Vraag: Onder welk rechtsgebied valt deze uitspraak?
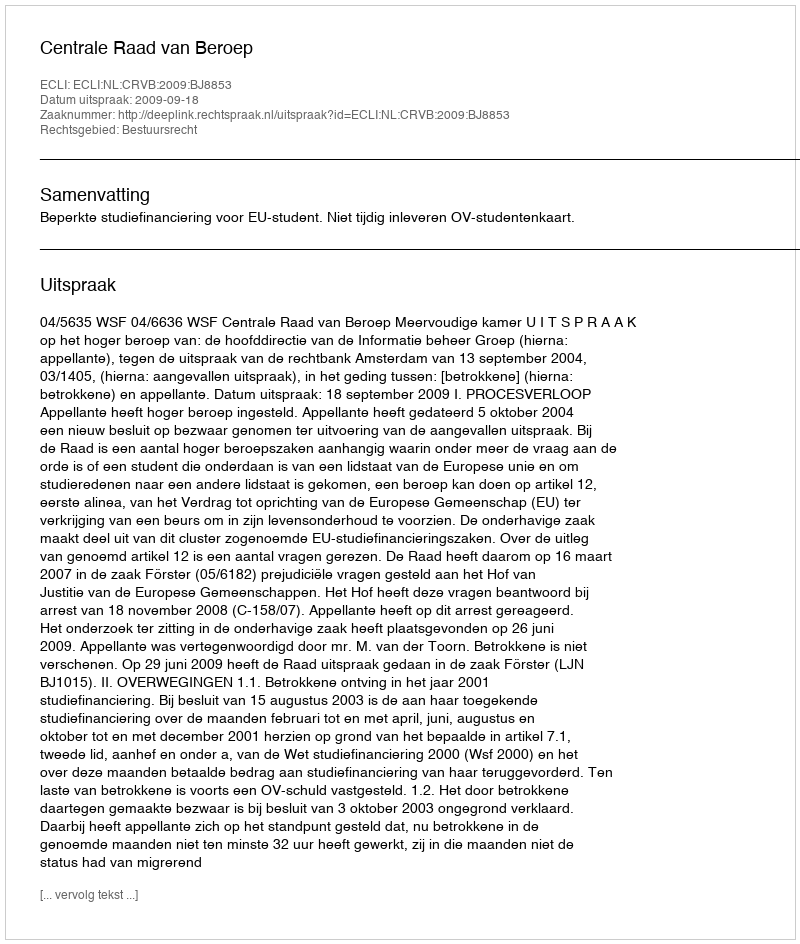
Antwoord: Bestuursrecht